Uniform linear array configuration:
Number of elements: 24
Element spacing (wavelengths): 0.5
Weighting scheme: exponential
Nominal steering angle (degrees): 60
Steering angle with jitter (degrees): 61.346
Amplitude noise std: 0.05
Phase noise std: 0.05

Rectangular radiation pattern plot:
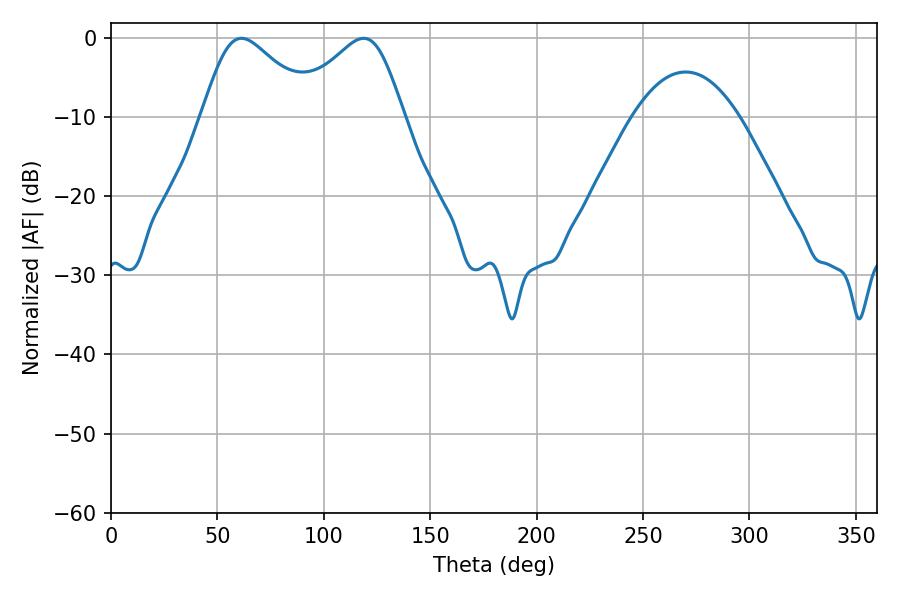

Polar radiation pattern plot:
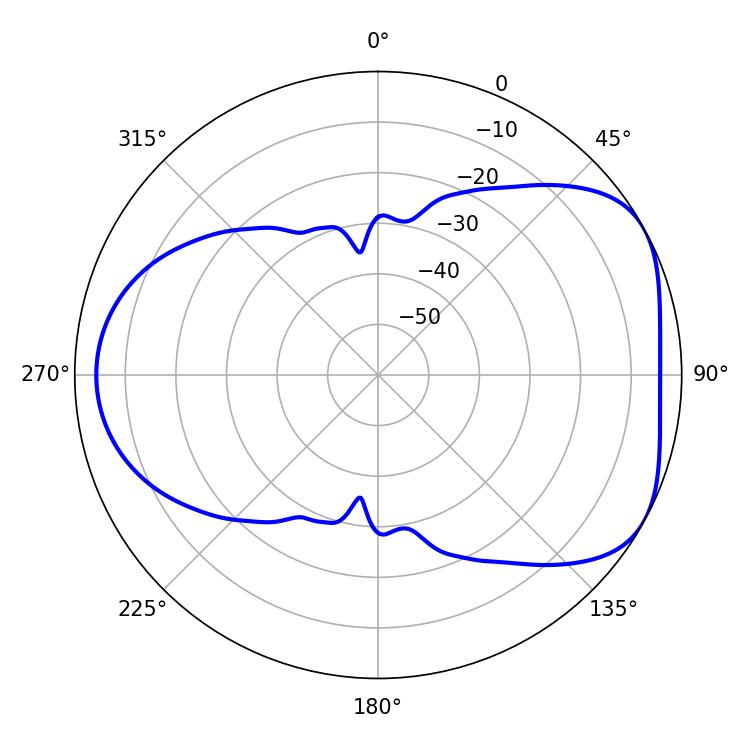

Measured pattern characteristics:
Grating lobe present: FALSE
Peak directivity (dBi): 4.861
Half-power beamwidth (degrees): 26.64
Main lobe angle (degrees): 61.38